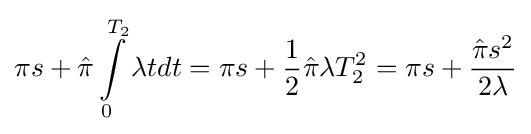
\pi s+{\hat {\pi }}\int \limits _{0}^{T_{2}}\lambda tdt=\pi s+{\frac {1}{2}}{\hat {\pi }}\lambda T_{2}^{2}=\pi s+{\frac {{\hat {\pi }}s^{2}}{2\lambda }}